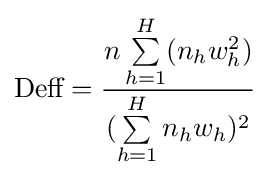
{\text{Deff}}={\frac {n\sum \limits _{h=1}^{H}(n_{h}w_{h}^{2})}{(\sum \limits _{h=1}^{H}n_{h}w_{h})^{2}}}